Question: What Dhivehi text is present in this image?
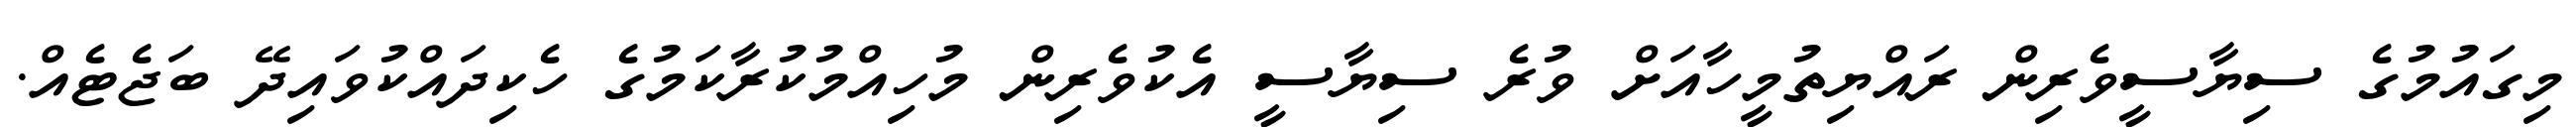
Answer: މިގައުމުގެ ސިޔާސީވެރިން ރައްޔިތުމީހާއަށް ވުރެ ސިޔާސީ އެކުވެރިން މުހިއްމުކުރާކަމުގެ ހެކިދައްކުވައިދޭ ބަޖެޓެއް.